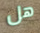
هل